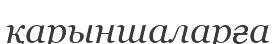
қарыншаларға